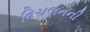
વિચલનની